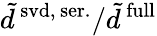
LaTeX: \tilde{d}^{\mathrm{\, svd,\, ser.}}/\tilde{d}^{\mathrm{\, full}}